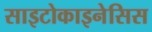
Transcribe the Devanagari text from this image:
साइटोकाइनेसिस